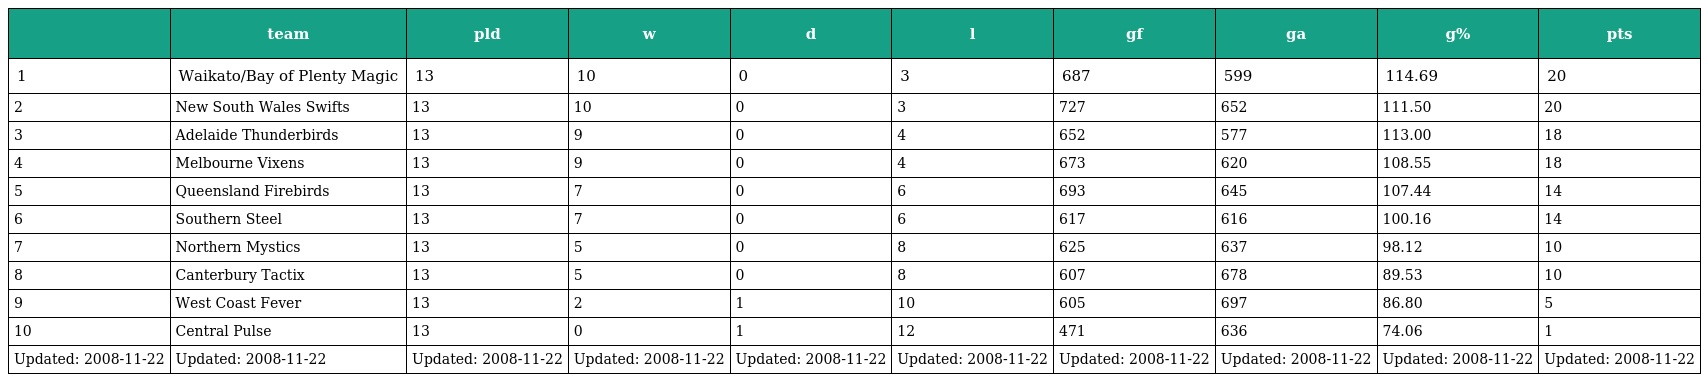
|  | team | pld | w | d | l | gf | ga | g% | pts |
 | --- | --- | --- | --- | --- | --- | --- | --- | --- | --- |
 | 1 | Waikato/Bay of Plenty Magic | 13 | 10 | 0 | 3 | 687 | 599 | 114.69 | 20 |
 | 2 | New South Wales Swifts | 13 | 10 | 0 | 3 | 727 | 652 | 111.50 | 20 |
 | 3 | Adelaide Thunderbirds | 13 | 9 | 0 | 4 | 652 | 577 | 113.00 | 18 |
 | 4 | Melbourne Vixens | 13 | 9 | 0 | 4 | 673 | 620 | 108.55 | 18 |
 | 5 | Queensland Firebirds | 13 | 7 | 0 | 6 | 693 | 645 | 107.44 | 14 |
 | 6 | Southern Steel | 13 | 7 | 0 | 6 | 617 | 616 | 100.16 | 14 |
 | 7 | Northern Mystics | 13 | 5 | 0 | 8 | 625 | 637 | 98.12 | 10 |
 | 8 | Canterbury Tactix | 13 | 5 | 0 | 8 | 607 | 678 | 89.53 | 10 |
 | 9 | West Coast Fever | 13 | 2 | 1 | 10 | 605 | 697 | 86.80 | 5 |
 | 10 | Central Pulse | 13 | 0 | 1 | 12 | 471 | 636 | 74.06 | 1 |
 | Updated: 2008-11-22 | Updated: 2008-11-22 | Updated: 2008-11-22 | Updated: 2008-11-22 | Updated: 2008-11-22 | Updated: 2008-11-22 | Updated: 2008-11-22 | Updated: 2008-11-22 | Updated: 2008-11-22 | Updated: 2008-11-22 |